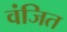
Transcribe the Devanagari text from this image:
वंजित